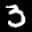
Label: 3